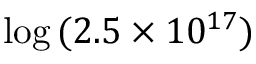
\log \, ( 2 . 5 \times 1 0 ^ { 1 7 } )